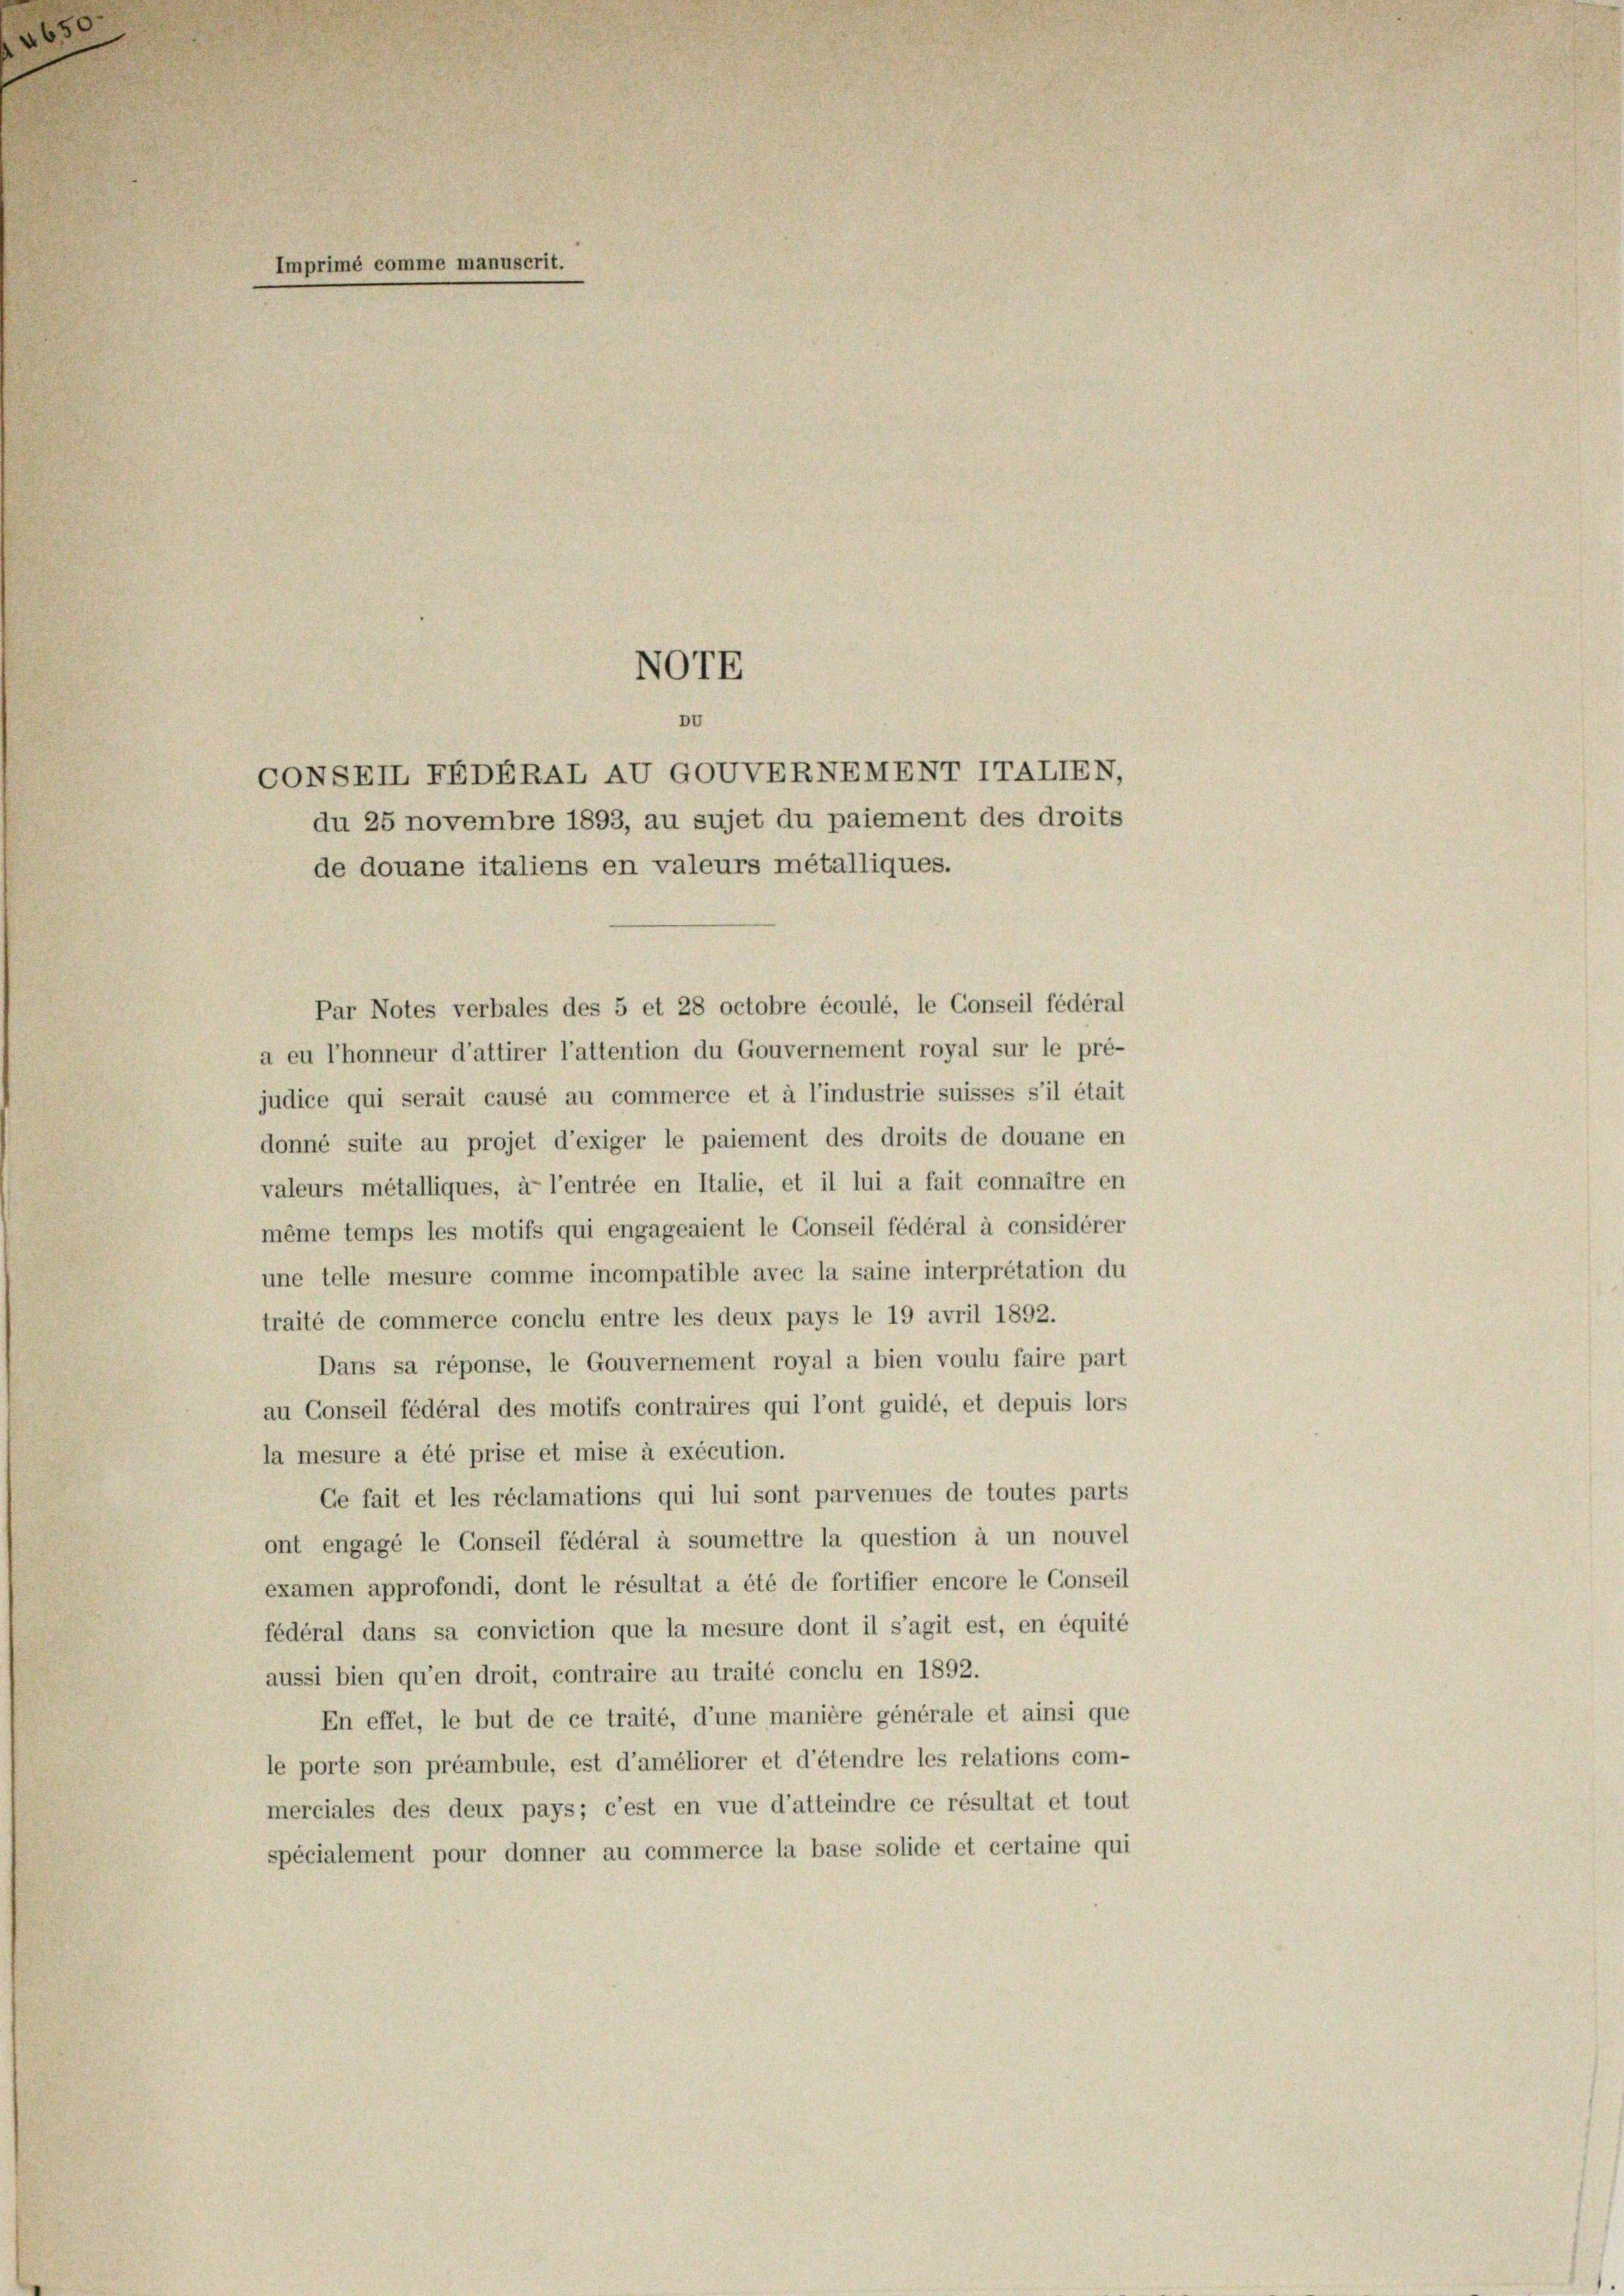
65

omme manuscrit

NOTE
Du
CONSEIL FEDERAL AU GOVVERNEMENT ITALIEN,
du 25 novembre 1893, au sujet du paiement des droits

Par Notes verbales des 5 et 28 octobre écoulé, le Conseil fédéral
a eu l’honneur d’attirer l’attention du Gouvernement royal sur le pré-
judice qui serait causé au commerce et à l’industrie suisses s’il était
donné suite au projet d’exiger le paiement des droits de douane en
valeurs métalliques, à l’entrée en Italie, et il lui a fait connaître en
même temps les motifs qui engageaient le Conseil fédéral à considèrer
une telle mesure comme incompatible avec la saine interpretation du
traité de commerce conclu entre les deux pays le 19 avril 1892.
Dans sa réponse, le Gouvernement royal a bien voulu faire part
au Conseil fédéral des motifs contraires qui l’ont guidé, et depuis lors
la mesure a été prise et mise à exécution.
Ge fait et les réclamations qui lui sont parvenues de toutes parts
ont engagé le Conseil fédéral à soumettre la question à un nouvel
examen approfondi, dont le résultat a été de fortifier encore le Conseil
fédéral dans sa conviction que la mesure dont il s’agit est, en équité
aussi bien qu’en droit, contraire au traité conclu en 1892.
En effet, le but de ce traité, d’une manière générale et ainsi que
le porte son préambule, est d’améliorer et d’étendre les relations com-
merciales des deux pays; c’est en vue d’atteindre ce résultat et tout
spécialement pour donner au commerce la base solide et certaine qui

de douane italiens en valeurs métalliques.